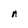
Character: n